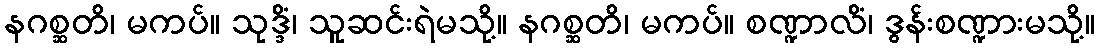
နဂစ္ဆတိ၊ မကပ်။ သုဒ္ဒိံ၊ သူဆင်းရဲမသို့။ နဂစ္ဆတိ၊ မကပ်။ စဏ္ဍာလိံ၊ ဒွန်းစဏ္ဍားမသို့။